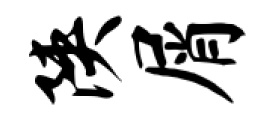
陕屑